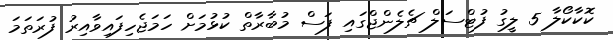
ކޮކާކޯލާ 5 ލީގު ފުޓްސަލް ޗެލެންޖްގައި ފަސް މުބާރާތް ކުޅުމަށް ހަމަޖެހިފައިވާއިރު ފުރަތަމަ